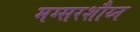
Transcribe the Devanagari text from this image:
मग्सरशौय्न